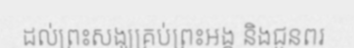
ដល់ព្រះសង្ឃគ្រប់ព្រះអង្គ និងជូនពរ